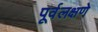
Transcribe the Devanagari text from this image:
पूर्वलक्षणे